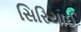
સિરિયાઈ